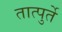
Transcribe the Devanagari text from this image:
तात्पुर्ते